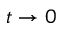
t \to 0